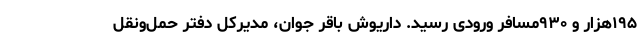
۱۹۵هزار و ۹۳۰مسافر ورودی رسید. داریوش باقر جوان، مدیرکل دفتر حمل‌ونقل